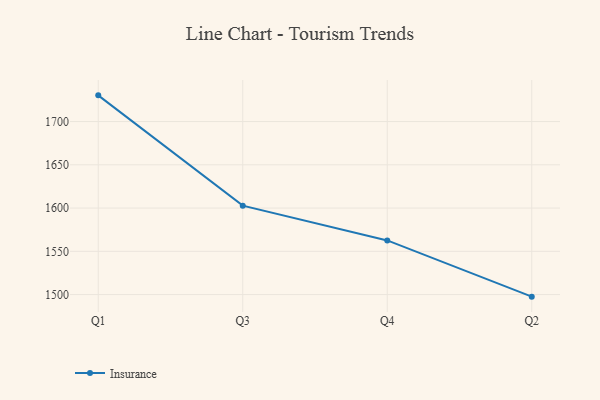
{"axis": {"x": "Quarter", "y": "Inventory Turnover"}, "legend": ["Insurance"], "data": [{"x": "Q1", "y": 1730.3, "type": "Insurance"}, {"x": "Q3", "y": 1602.8, "type": "Insurance"}, {"x": "Q4", "y": 1562.6, "type": "Insurance"}, {"x": "Q2", "y": 1497.6, "type": "Insurance"}]}